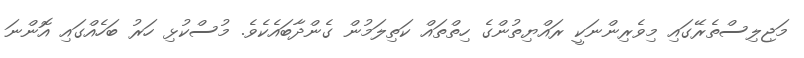
މަޖިލިސްތެރޭގައި މިވެރިންނަކީ ރައްޔިތުންގެ ހިތްތައް ކަތިލަމުން ގެންދާބައެކެވެ. މުސްކުޅި ހަރު ބަހެއްގައި އޮންނަ